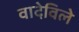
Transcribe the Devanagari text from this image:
वादेविले